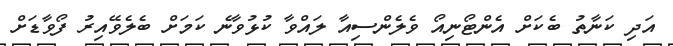
އަދި ކަނާތު ބެކަށް އެންޓޯނިއޯ ވެލެންސިއާ ލައްވާ ކުޅުވާނެ ކަމަށް ބެލެވޭއިރު ފޯވާޑަށް